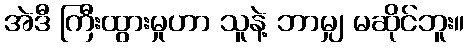
အဲဒီ ကြီးထွားမှုဟာ သူနဲ့ ဘာမျှ မဆိုင်ဘူး။